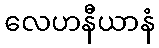
လေဟနီယာနံ